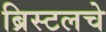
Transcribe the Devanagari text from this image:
ब्रिस्टलचे